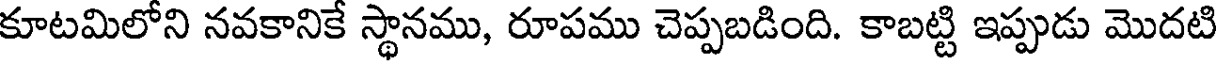
కూటమిలోని నవకానికే స్థానము, రూపము చెప్పబడింది. కాబట్టి ఇప్పుడు మొదటి